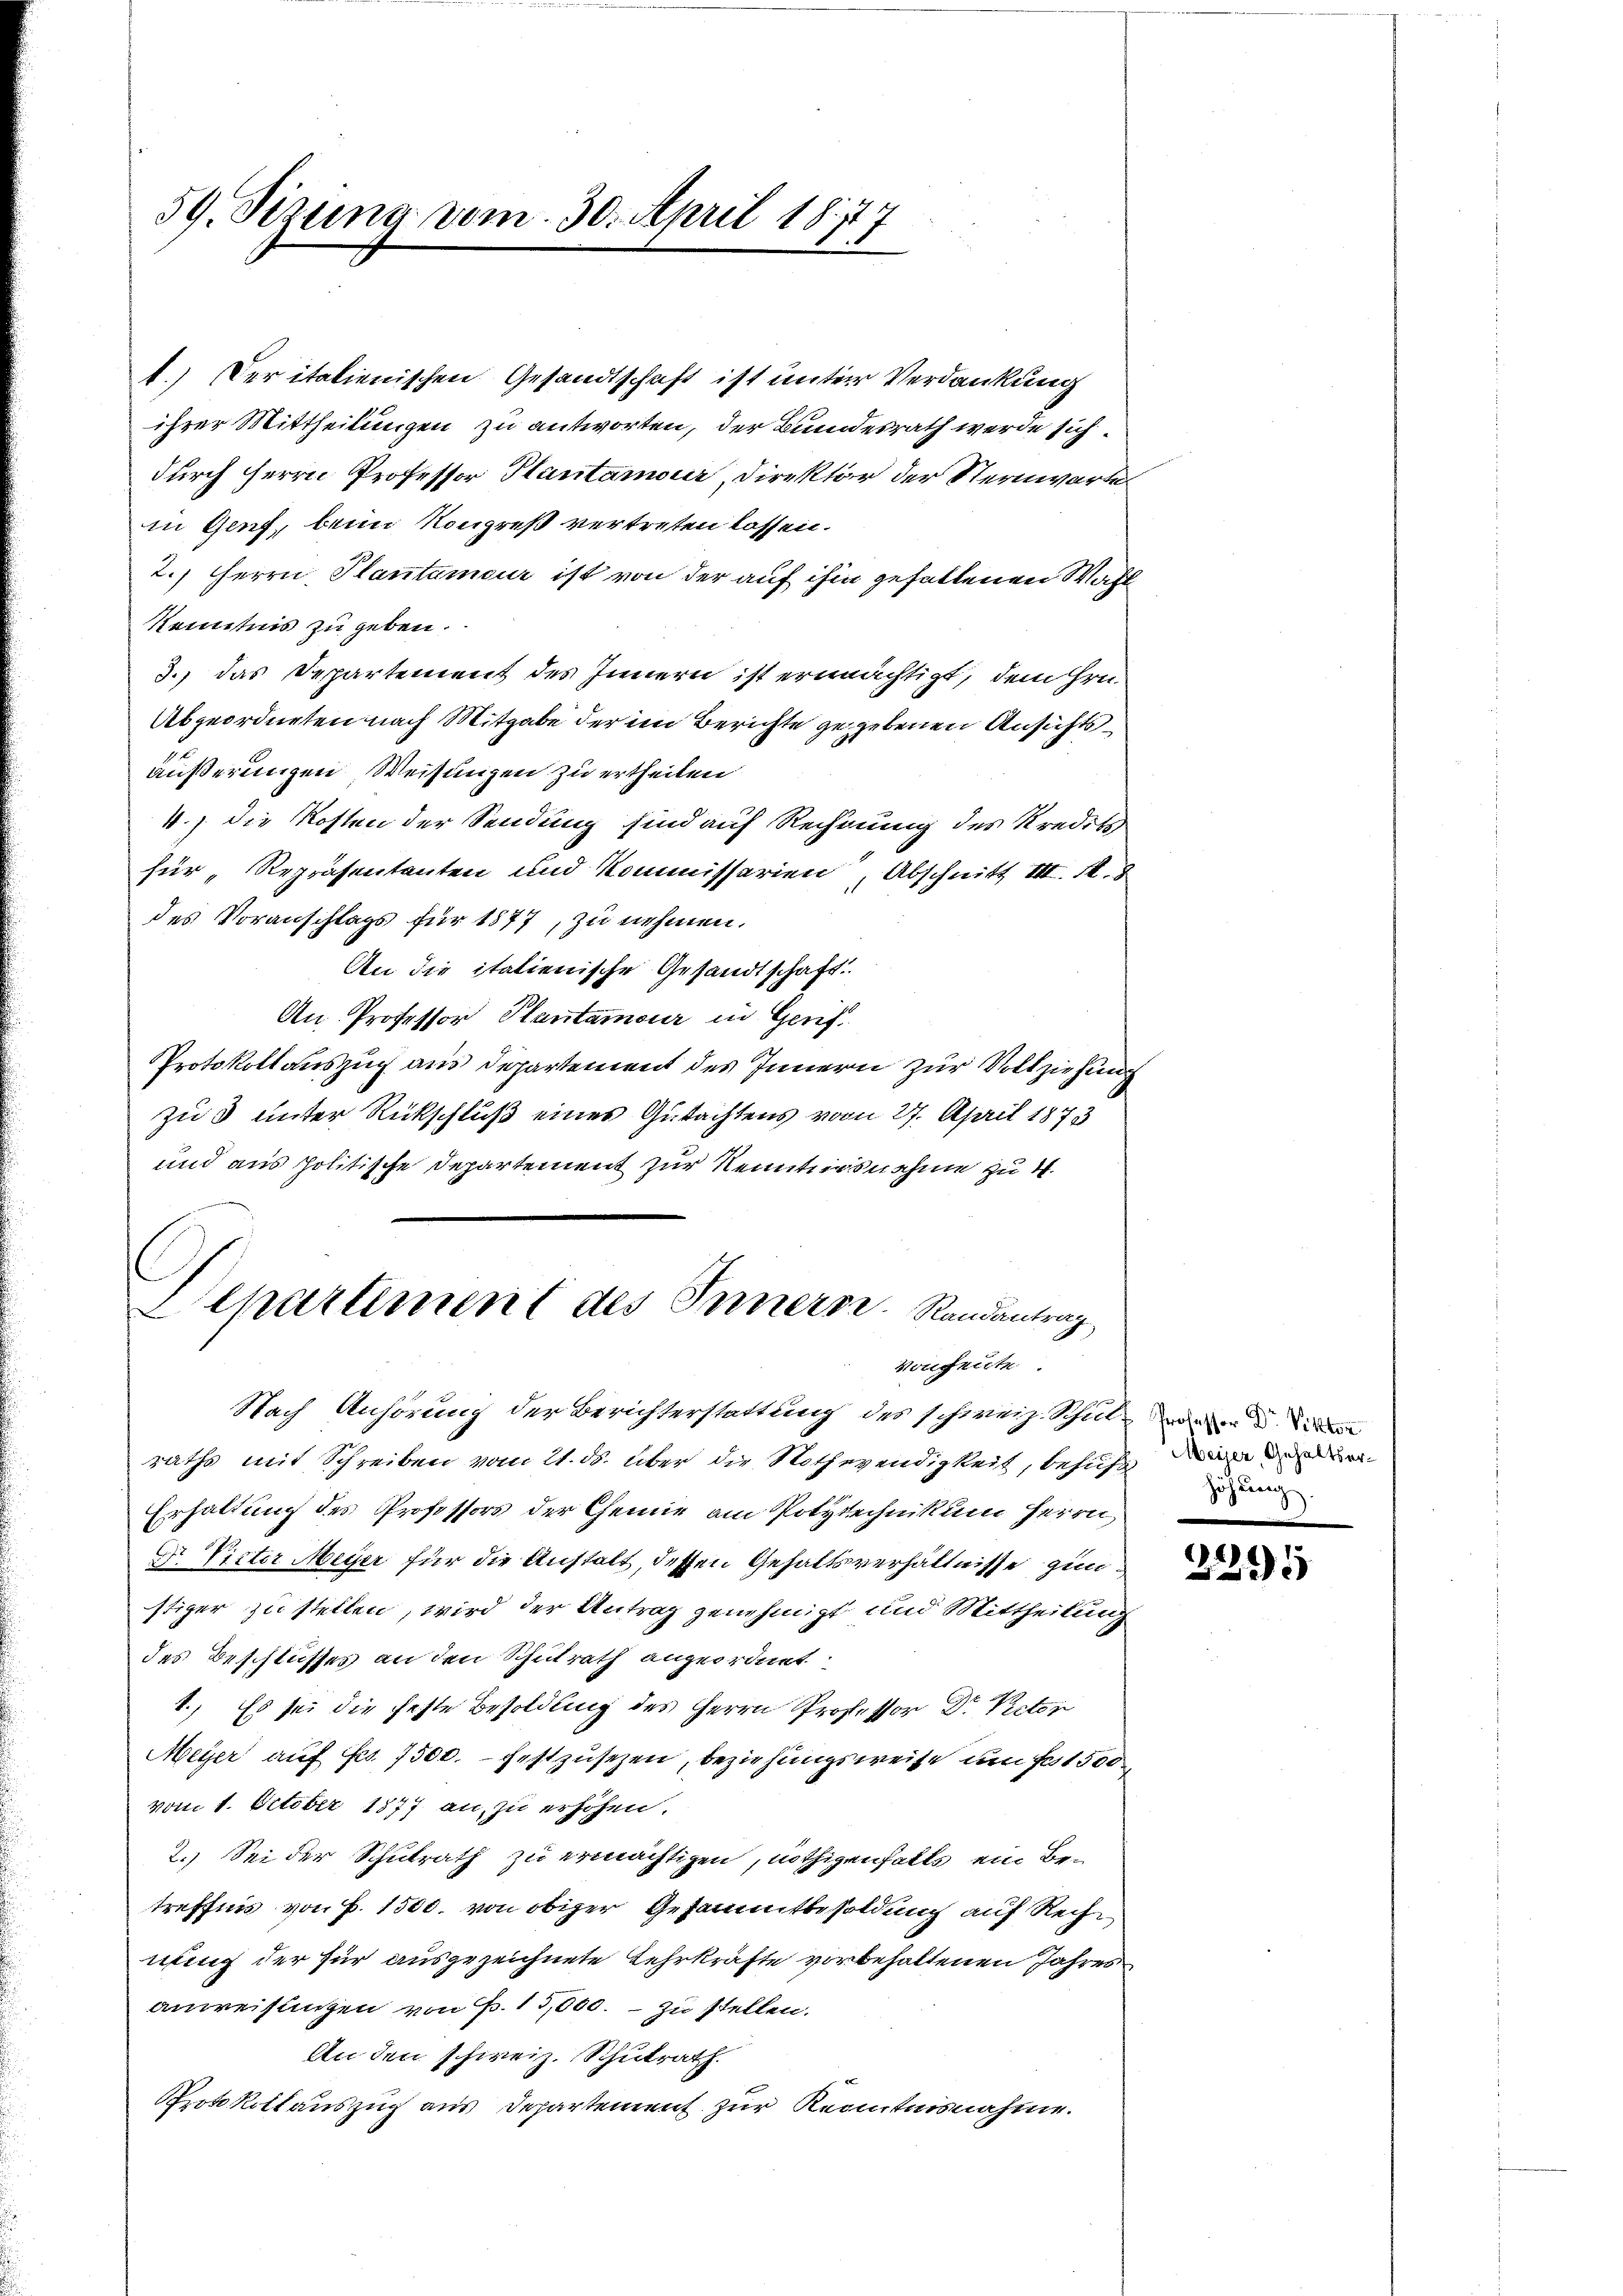
59. Sizung vom 30. April 1877

1.) Der italienischen Gesandtschaft ist unter Verdankung
ihrer Mittheilungen zu antworten, der Bundesrath werde sich
durch Herrn Professor Plantamoir, Direktor der Sternwarte
in Genf, beim Kongreß vertreten lassen.
2.) Herrn Plantamour ist von der auf ihm gefallenen Wahl
Kenntnis zu geben.
3.) das Departement des Innern ist ermächtigt, dem Hrn.
Abgeordneten nach Mitgabe der im Berichte gegebenen Ansichtsäußerungen Weisungen zu ertheilen
4.) die Kosten der Sendung sind auf Rechnung des Kredits
für „Repräsentanten und Kommissarien, Abschnitt III. 18
des Voranschlags für 1877, zu nehmen.
An die italienische Gesandtschaft.
An Professor Plantamour in Gerif
Protokollauszug aus Departement des Innern zur Vollziehung
zu 3 unter Rückschluß eines Gutachtens vom 27. April 1873
und aus politische Departement zur Kenntnisnahme zu 4.
Departement des Innern. Randantrag
Vonheute.
Nach Anhörung der Berichterstattung des schweiz. Schillen
raths mit Schreiben vom 21. ds. über die Nothwendigkeit, behuf an der
Erhaltung des Professors der Chemie am Polytechnikum Herrn,
Dr. Litter Meyer für die Anstalt, dessen Gehaltsverhältnisse zunstiger zu stellen, wird der Antrag genehmigt und Mittheilung
des Beschlusses an den Schulrath angeordnet
1.) Es sei die feste Besoldung des Herrn Professor Dr. Peter
Meyer auf Fr. 7500. festzusetzen, beziehungsweise um fa 1500
vom 1. October 1877 an, zu erhöhen.
2.) Sei der Schulrath zu ermächtigen, nöthigenfalls ein Betreffnis von P. 1500. von obiger Gesammtbesoldung auf Rechnung der für ausgezeichnete Lehrkräfte vorbehaltenen Jahres
anweisungen von Fr. 15,000. – zu stellen.
An den schweiz. Schulrath.
Protokollauszug aus Departement zur Kenntnisnahme.

Zöhrung

2295